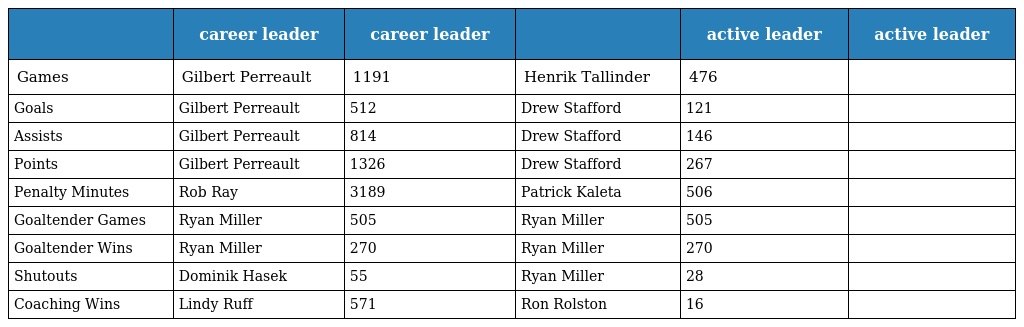
|  | career leader | career leader |  | active leader | active leader |
 | --- | --- | --- | --- | --- | --- |
 | Games | Gilbert Perreault | 1191 | Henrik Tallinder | 476 |  |
 | Goals | Gilbert Perreault | 512 | Drew Stafford | 121 |  |
 | Assists | Gilbert Perreault | 814 | Drew Stafford | 146 |  |
 | Points | Gilbert Perreault | 1326 | Drew Stafford | 267 |  |
 | Penalty Minutes | Rob Ray | 3189 | Patrick Kaleta | 506 |  |
 | Goaltender Games | Ryan Miller | 505 | Ryan Miller | 505 |  |
 | Goaltender Wins | Ryan Miller | 270 | Ryan Miller | 270 |  |
 | Shutouts | Dominik Hasek | 55 | Ryan Miller | 28 |  |
 | Coaching Wins | Lindy Ruff | 571 | Ron Rolston | 16 |  |